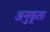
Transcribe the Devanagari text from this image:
अनुकूता